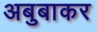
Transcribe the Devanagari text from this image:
अबुबाकर